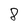
Character: 8